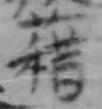
藉